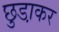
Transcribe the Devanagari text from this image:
छुडा़कर